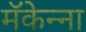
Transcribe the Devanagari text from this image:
मॅकेन्ना